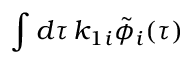
\int d \tau \, k _ { 1 i } \tilde { \phi } _ { i } ( \tau )